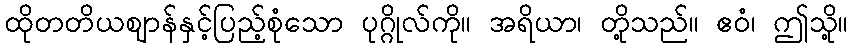
ထိုတတိယဈာန်နှင့်ပြည့်စုံသော ပုဂ္ဂိုလ်ကို။ အရိယာ၊ တို့သည်။ ဧဝံ၊ ဤသို့။